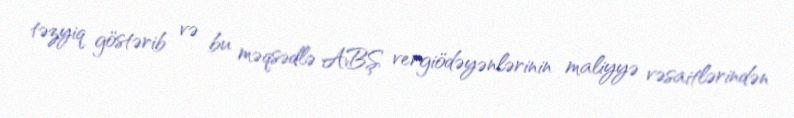
təzyiq göstərib və bu məqsədlə ABŞ vergiödəyənlərinin maliyyə vəsaitlərindən